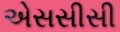
એસસીસી